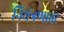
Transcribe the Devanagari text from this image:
नियंत्रणावर